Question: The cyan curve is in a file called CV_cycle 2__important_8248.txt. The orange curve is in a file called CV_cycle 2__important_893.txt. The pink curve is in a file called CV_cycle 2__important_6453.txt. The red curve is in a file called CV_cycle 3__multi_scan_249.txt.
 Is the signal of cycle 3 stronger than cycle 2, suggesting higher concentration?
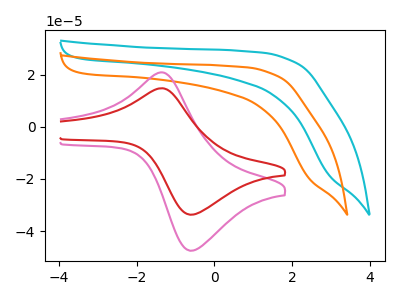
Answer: <think>The cyan curve "cycle 2" has no peaks. The orange curve "cycle 2" has no peaks. The pink curve "cycle 2" has an anodic peak at (-1.40V, 20.90uA) and a cathodic peak at (-0.55V, -47.55uA). The red curve "cycle 3" has an anodic peak at (-1.40V, 14.80uA) and a cathodic peak at (-0.55V, -33.70uA).
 All the peaks in "cycle 3" have a peak in "cycle 2" at the same potential. Every peak in "cycle 3" is lower than every peak in "cycle 2".</think>
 <answer>"cycle 3" has less signal than "cycle 2" and so likely has a lower concentration.</answer>
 <eval>less_concentration</eval>